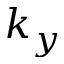
k _ { y }